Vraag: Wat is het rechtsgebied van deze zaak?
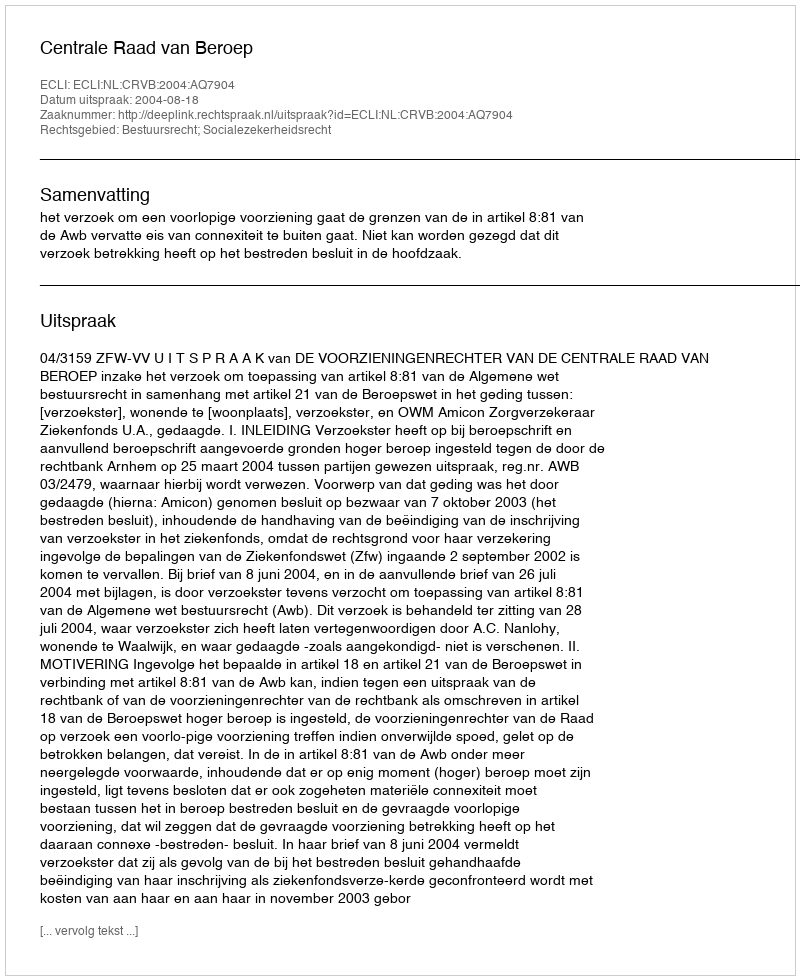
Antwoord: Bestuursrecht; Socialezekerheidsrecht